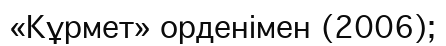
«Кұрмет» орденімен (2006);